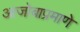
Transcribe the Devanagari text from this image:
आजोबाप्रमाणे